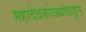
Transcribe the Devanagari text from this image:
महादेवकोळ्यांकडून